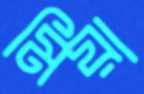
মিয়া